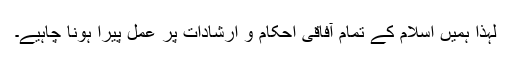
لہذا ہمیں اسلام کے تمام آفاقی احکام و ارشادات پر عمل پیرا ہونا چاہیے۔